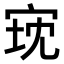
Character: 𫳈